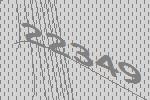
22349